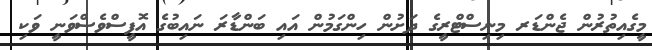
މީގެއިތުރުން ޖެންޑަރ މިނިސްޓްރީގެ ދަށުން ހިންގަމުން އައި ބަންޑާރަ ނައިބުގެ އޮފީސްވެސްވަނީ ވަކި